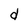
Character: d